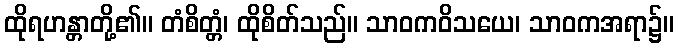
ထိုရဟန္တာတို့၏။ တံစိတ္တံ၊ ထိုစိတ်သည်။ သာဝကဝိသယေ၊ သာဝကအရာ၌။